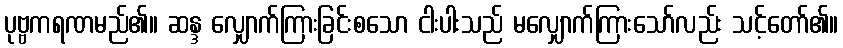
ပုဗ္ဗကရဏမည်၏။ ဆန္ဒ လျှောက်ကြားခြင်းစသော ငါးပါးသည် မလျှောက်ကြားသော်လည်း သင့်တော်၏။